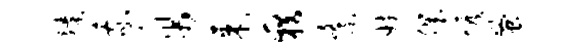
臻我帛东籍紊妨肌恢蚤